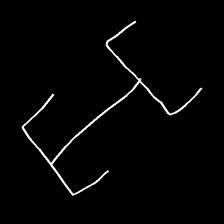
Glyph: entwine